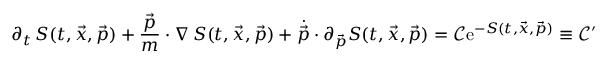
\partial _ { t } \, S ( t , \vec { x } , \vec { p } ) + \frac { \vec { p } } { m } \cdot \nabla \, S ( t , \vec { x } , \vec { p } ) + \dot { \vec { p } } \cdot \partial _ { \vec { p } } S ( t , \vec { x } , \vec { p } ) = \mathcal { C } \mathrm { e } ^ { - S ( t , \vec { x } , \vec { p } ) } \equiv \mathcal { C } ^ { \prime }